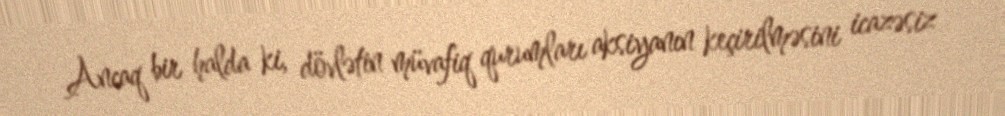
Ancaq bir halda ki, dövlətin müvafiq qurumları aksiyanın keçirilməsini icazəsiz